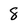
Character: 8